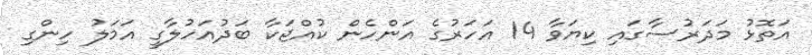
އަތޮޅު މަދަރުސާގައި ކިޔަވާ 14 އަހަރުގެ އަންހެން ކުއްޖަކާ ބަދުއަހުލާގީ އަމަލު ހިންގި